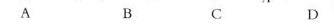
A B C D